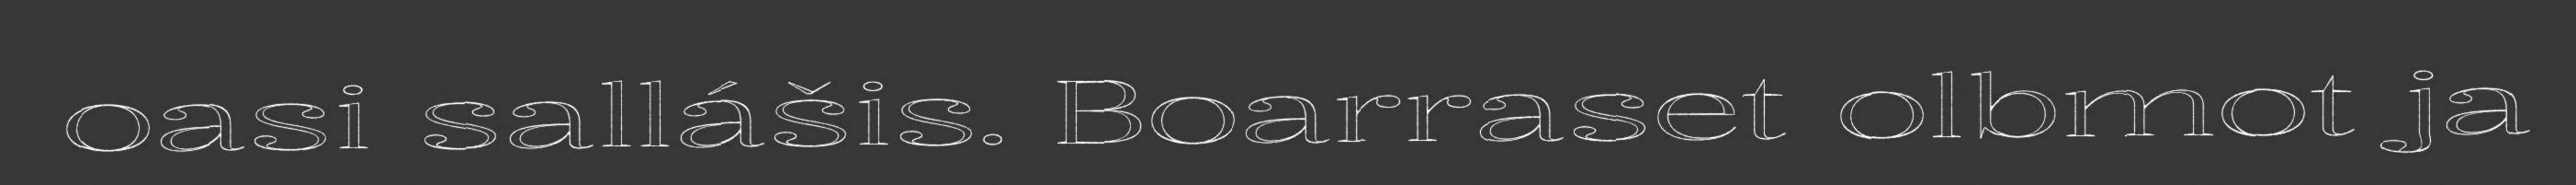
oasi sallášis. Boarraset olbmot ja